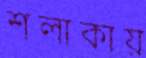
শলাকায়